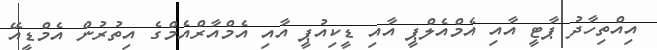
އިއްތިހާދު ޕާޓީ އާއި އެމްއެލްޕީ އާއި ޑީކިއުޕީ އާއި އެމްއާރްއެމްގެ އިތުރުން އެމްޑީއޭ